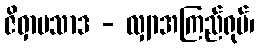
ဇိဝှာပသာဒ - လျှာအကြည်ရုပ်၊